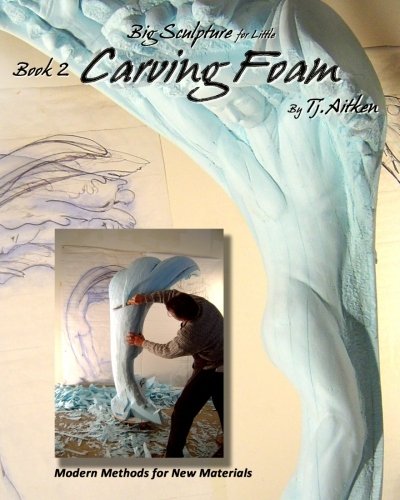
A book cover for Big Sculpture for Little- Carving Foam: How to turn common foam into fantastic form; Tj. Aitken; Arts & Photography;